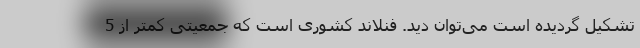
تشکیل گردیده است می‌توان دید. فنلاند کشوری است که جمعیتی کمتر از 5